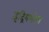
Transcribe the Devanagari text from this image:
इंद्रियभोग